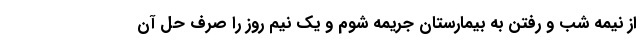
از نیمه شب و رفتن به بیمارستان جریمه شوم و یک نیم روز را صرف حل آن